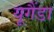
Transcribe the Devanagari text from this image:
यूगैंडा